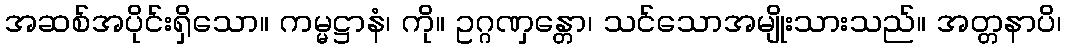
အဆစ်အပိုင်းရှိသော။ ကမ္မဋ္ဌာနံ၊ ကို။ ဥဂ္ဂဏှန္တော၊ သင်သောအမျိုးသားသည်။ အတ္တနာပိ၊